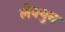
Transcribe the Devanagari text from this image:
लेक्युन